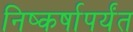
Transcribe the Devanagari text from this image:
निष्कर्षापर्यंत